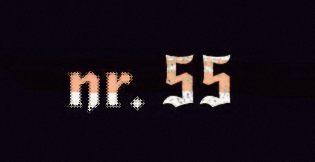
nr. 55